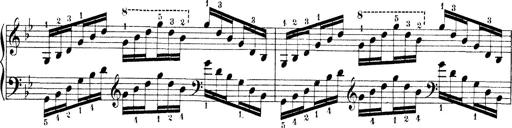
Title: Technische Studien
Composer: Franz Liszt